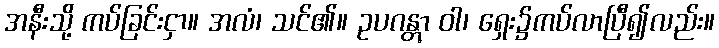
အနီးသို့ ကပ်ခြင်းငှာ။ အလံ၊ သင်၏။ ဥပဂန္တွာ ဝါ၊ ရှေး၌ကပ်လာပြီ၍လည်း။